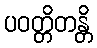
ပဝတ္တိတန္တိ